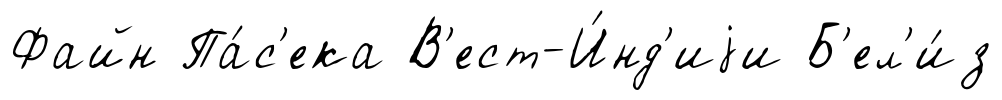
Файн Па́с'ека В'ест-И́нд'иjи Б'ел'и́з